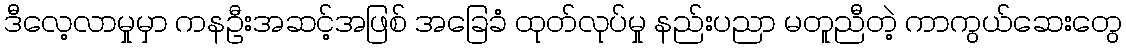
ဒီလေ့လာမှုမှာ ကနဦးအဆင့်အဖြစ် အခြေခံ ထုတ်လုပ်မှု နည်းပညာ မတူညီတဲ့ ကာကွယ်ဆေးတွေ